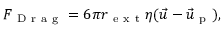
F _ { \mathrm { ~ D ~ r ~ a ~ g ~ } } = 6 \pi r _ { \mathrm { ~ e ~ x ~ t ~ } } \eta ( \Vec { u } - \Vec { u } _ { \mathrm { ~ p ~ } } ) ,